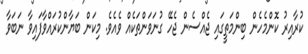
ކުރާއިރު ކޮންމެހެން ބިންމަތީގައި ޖެއްސެން ޖެހޭ ގުނަވަންތަކެއް ވެއެވެ. މިކަން ބަޔާންކުރައްވާފައިވާ ނަބަވާ